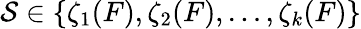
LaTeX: \mathcal{S}\in\{ \zeta_{1}(F),\zeta_{2}(F),\ldots,\zeta_{k}(F)\}